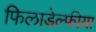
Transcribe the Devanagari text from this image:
फिलाडेल्फीया